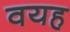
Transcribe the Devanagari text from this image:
वयह